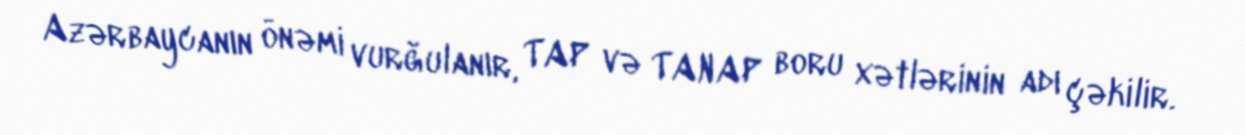
Azərbaycanın önəmi vurğulanır, TAP və TANAP boru xətlərinin adı çəkilir.